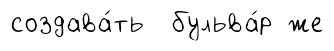
создава́ть бульва́р же